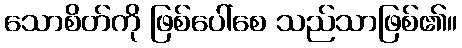
သောစိတ်ကို ဖြစ်ပေါ်စေ သည်သာဖြစ်၏။